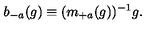
b _ { - a } ( g ) \equiv ( m _ { + a } ( g ) ) ^ { - 1 } g .